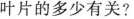
叶片的多少有关?